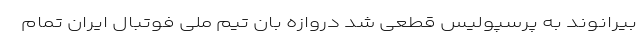
بیرانوند به پرسپولیس قطعی شد دروازه بان تیم ملی فوتبال ایران تمام